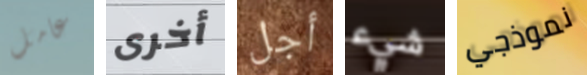
عامل أخرى أجل شيء نموذجي